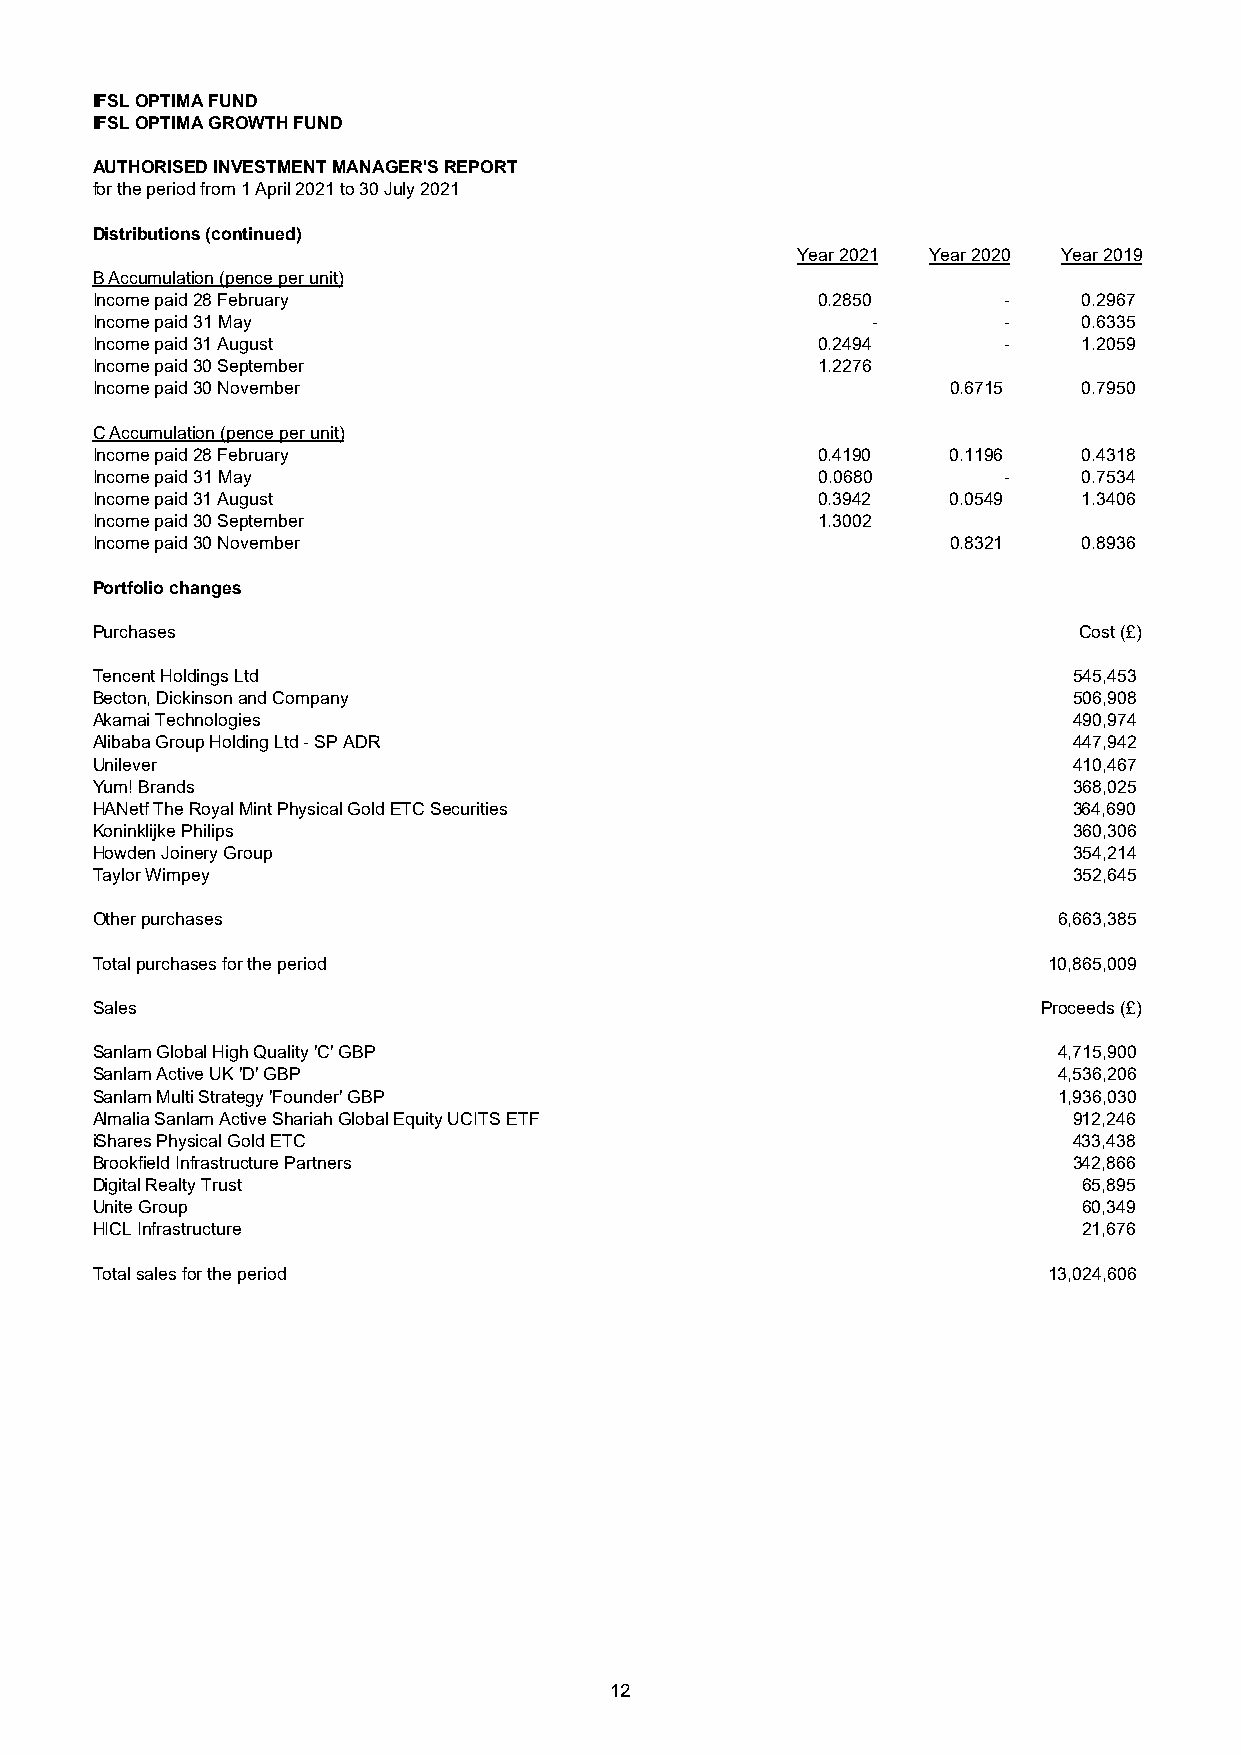
IFSL OPTIMA FUND
 IFSL OPTIMA GROWTH FUND
 AUTHORISED INVESTMENT MANAGER'S REPORT
 for the period from 1 April 2021 to 30 July 2021
 Distributions (continued)
 Year 2021 Year 2020 Year 2019
 B Accumulation (pence per unit)
 Income paid 28 February                         0.2850      -     0.2967
 Income paid 31 May                                  -       -     0.6335
 Income paid 31 August                           0.2494      -     1.2059
 Income paid 30 September                        1.2276
 Income paid 30 November                                  0.6715   0.7950
 C Accumulation (pence per unit)
 Income paid 28 February                         0.4190   0.1196   0.4318
 Income paid 31 May                              0.0680      -     0.7534
 Income paid 31 August                           0.3942   0.0549   1.3406
 Income paid 30 September                        1.3002
 Income paid 30 November                                  0.8321   0.8936
 Portfolio changes
 Purchases                                                        Cost (£)
 Tencent Holdings Ltd                                             545,453
 Becton, Dickinson and Company                                    506,908
 Akamai Technologies                                              490,974
 Alibaba Group Holding Ltd - SP ADR                               447,942
 Unilever                                                         410,467
 Yum! Brands                                                      368,025
 HANetf The Royal Mint Physical Gold ETC Securities               364,690
 Koninklijke Philips                                              360,306
 Howden Joinery Group                                             354,214
 Taylor Wimpey                                                    352,645
 Other purchases                                                 6,663,385
 Total purchases for the period                                 10,865,009
 Sales                                                          Proceeds (£)
 Sanlam Global High Quality 'C' GBP                              4,715,900
 Sanlam Active UK 'D' GBP                                        4,536,206
 Sanlam Multi Strategy 'Founder' GBP                             1,936,030
 Almalia Sanlam Active Shariah Global Equity UCITS ETF            912,246
 iShares Physical Gold ETC                                        433,438
 Brookfield Infrastructure Partners                               342,866
 Digital Realty Trust                                              65,895
 Unite Group                                                       60,349
 HICL Infrastructure                                               21,676
 Total sales for the period                                     13,024,606
 12